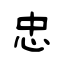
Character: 忠